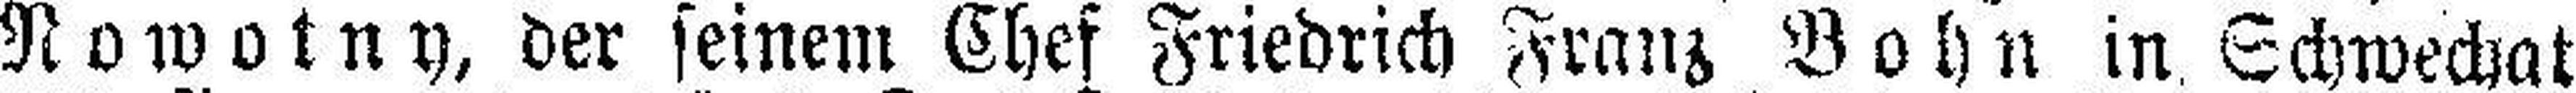
Nowotny, der seinem Chef Friedrich Franz Bohn in Schwechat